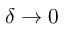
\delta \rightarrow 0